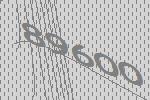
89600